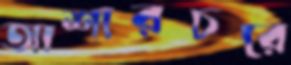
আশারচরে